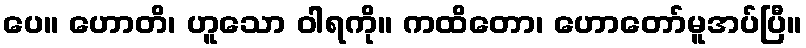
ပေ။ ဟောတိ၊ ဟူသော ဝါရကို။ ကထိတော၊ ဟောတော်မူအပ်ပြီ။